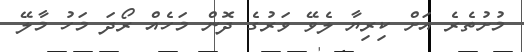
މުށުތެރެ އަށް ކިރިޔާ ލެވޭ ވަރުގެ ދޮން މަހެއް ރޯދަ މަހު މާލޭ